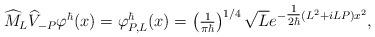
LaTeX: \begin{align*}\widehat{M}_{L} \widehat{V}_{-P} \varphi^\hbar(x) = \varphi^\hbar_{P,L}(x) = \left(\tfrac{1}{\pi \hbar}\right)^{1/4} \sqrt{L} e^{-\tfrac{1}{2\hbar} (L^2 + iLP) x^2},\end{align*}